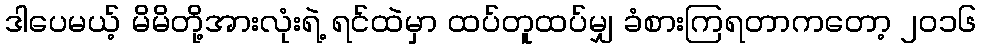
ဒါပေမယ့် မိမိတို့အားလုံးရဲ့ ရင်ထဲမှာ ထပ်တူထပ်မျှ ခံစားကြရတာကတော့ ၂၀၁၆